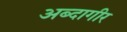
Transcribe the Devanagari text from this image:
अब्दागीर